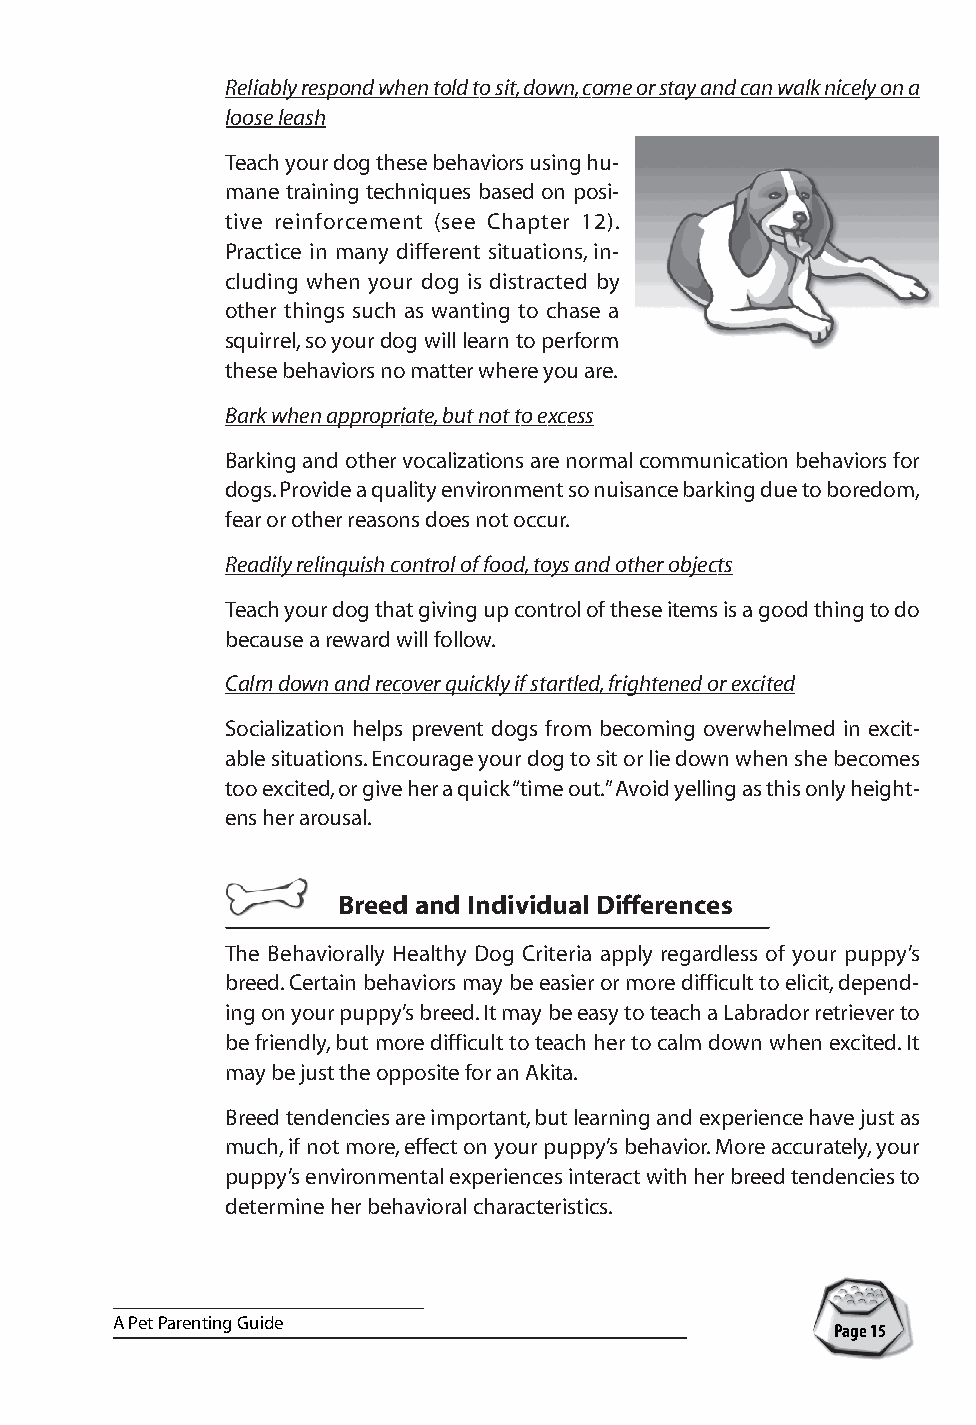
Reliably respond when told to sit, down, come or stay and can walk nicely on a
 loose leash
 Teach your dog these behaviors using hu-
 mane training techniques based on posi-
 tive reinforcement (see Chapter 12).
 Practice in many different situations, in-
 cluding when your dog is distracted by
 other things such as wanting to chase a
 squirrel, so your dog will learn to perform
 these behaviors no matter where you are.
 Bark when appropriate, but not to excess
 Barking and other vocalizations are normal communication behaviors for
 dogs. Provide a quality environment so nuisance barking due to boredom,
 fear or other reasons does not occur.
 Readily relinquish control of food, toys and other objects
 Teach your dog that giving up control of these items is a good thing to do
 because a reward will follow.
 Calm down and recover quickly if startled, frightened or excited
 Socialization helps prevent dogs from becoming overwhelmed in excit-
 able situations. Encourage your dog to sit or lie down when she becomes
 too excited, or give her a quick “time out.” Avoid yelling as this only height-
 ens her arousal.
 Breed and Individual Differences
 The Behaviorally Healthy Dog Criteria apply regardless of your puppy’s
 breed. Certain behaviors may be easier or more difficult to elicit, depend-
 ing on your puppy’s breed. It may be easy to teach a Labrador retriever to
 be friendly, but more difficult to teach her to calm down when excited. It
 may be just the opposite for an Akita.
 Breed tendencies are important, but learning and experience have just as
 much, if not more, effect on your puppy’s behavior. More accurately, your
 puppy’s environmental experiences interact with her breed tendencies to
 determine her behavioral characteristics.
 A Pet Parenting Guide
 Page 15